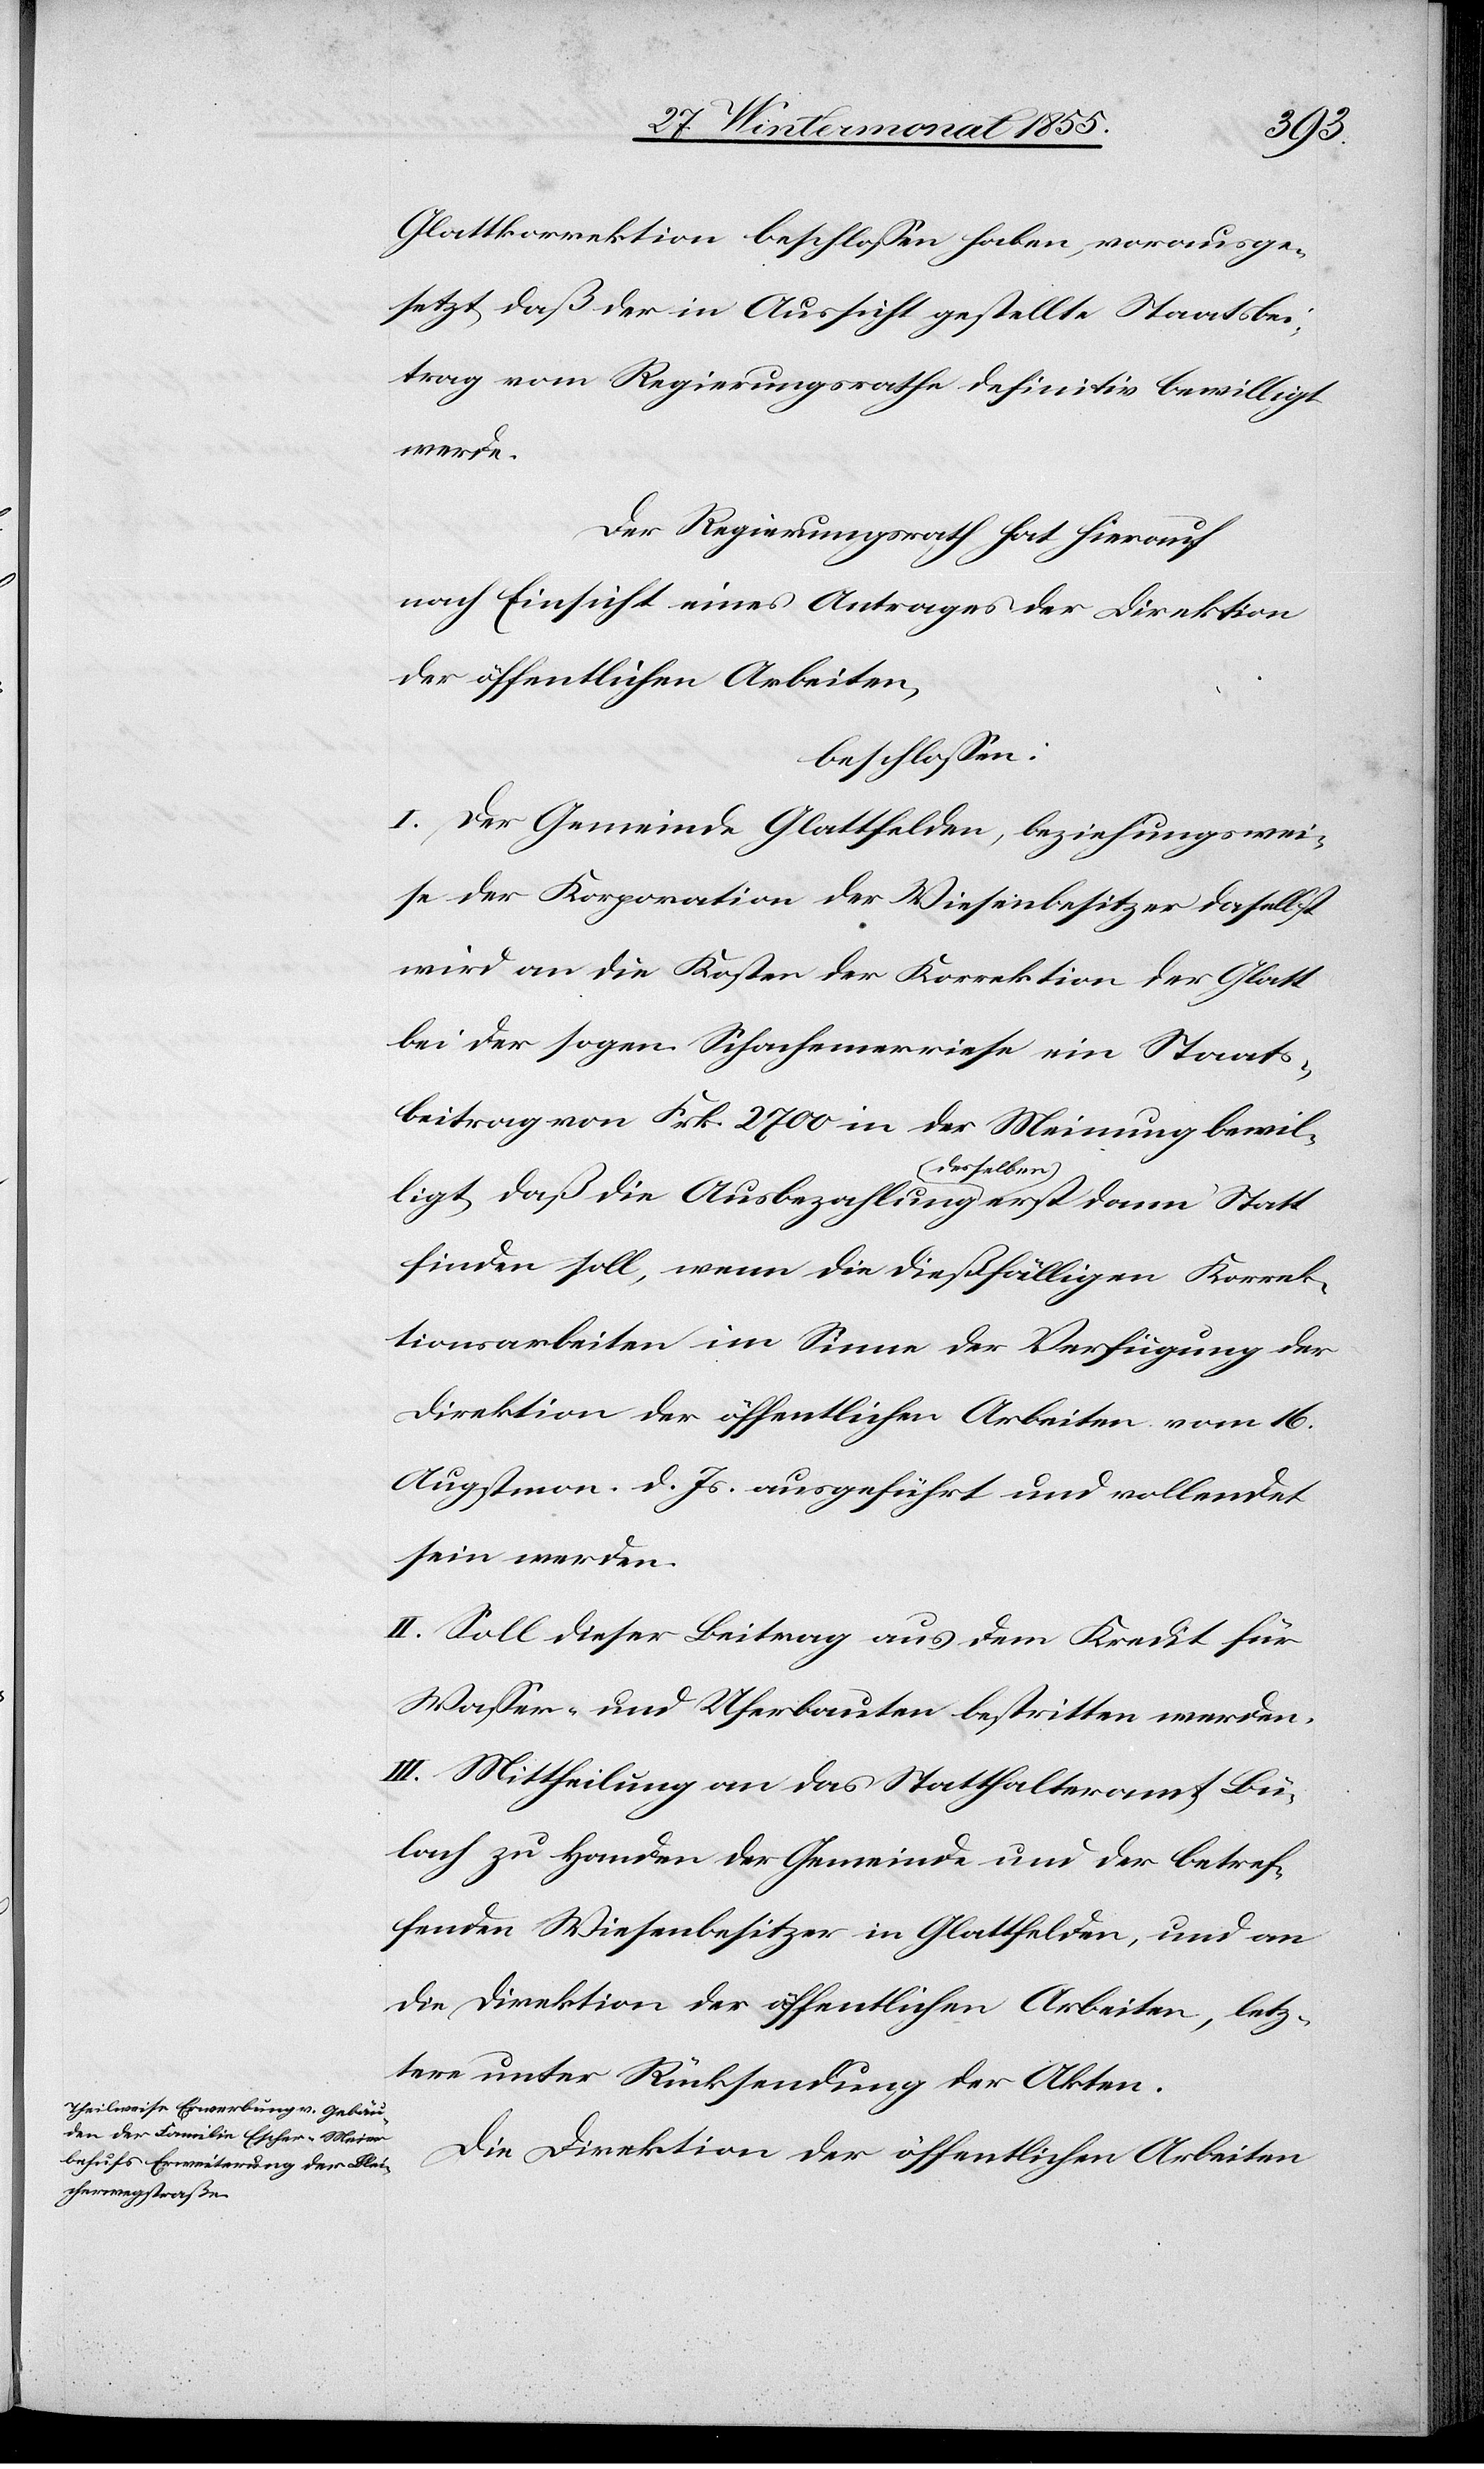
Glattkorrektion beschlossen haben, vorausge¬
setzt, daß der in Aussicht gestellte Staatsbei¬
trag vom Regierungsrathe definitiv bewilligt
werde.
Der Regierungsrath hat hierauf
nach Einsicht eines Antrages der Direktion
der öffentlichen Arbeiten,
beschlossen:
I. Der Gemeinde Glattfelden, beziehungswei¬
se der Korporation der Wiesenbesitzer daselbst
wird an die Kosten der Korrektion der Glatt
bei der sogen. Schachemerriese ein Staats¬
beitrag von Frk. 2700 in der Meinung bewil¬
ligt, daß die Ausbezahlung desselben erst dann Statt
finden soll, wenn die dießfälligen Korrek¬
tionsarbeiten im Sinne der Verfügung der
Direktion der öffentlichen Arbeiten vom 16.
Augstmon. d. Js. ausgeführt und vollendet
sein werden.
II. Soll dieser Beitrag aus dem Kredit für
Wasser- und Uferbauten bestritten werden.
III. Mittheilung an das Statthalteramt Bü¬
lach zu Handen der Gemeinde und der betref¬
fenden Wiesenbesitzer in Glattfelden, und an
die Direktion der öffentlichen Arbeiten, letz¬
tere unter Rücksendung der Akten.
Die Direktion der öffentlichen Arbeiten